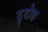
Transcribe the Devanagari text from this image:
दुदोह